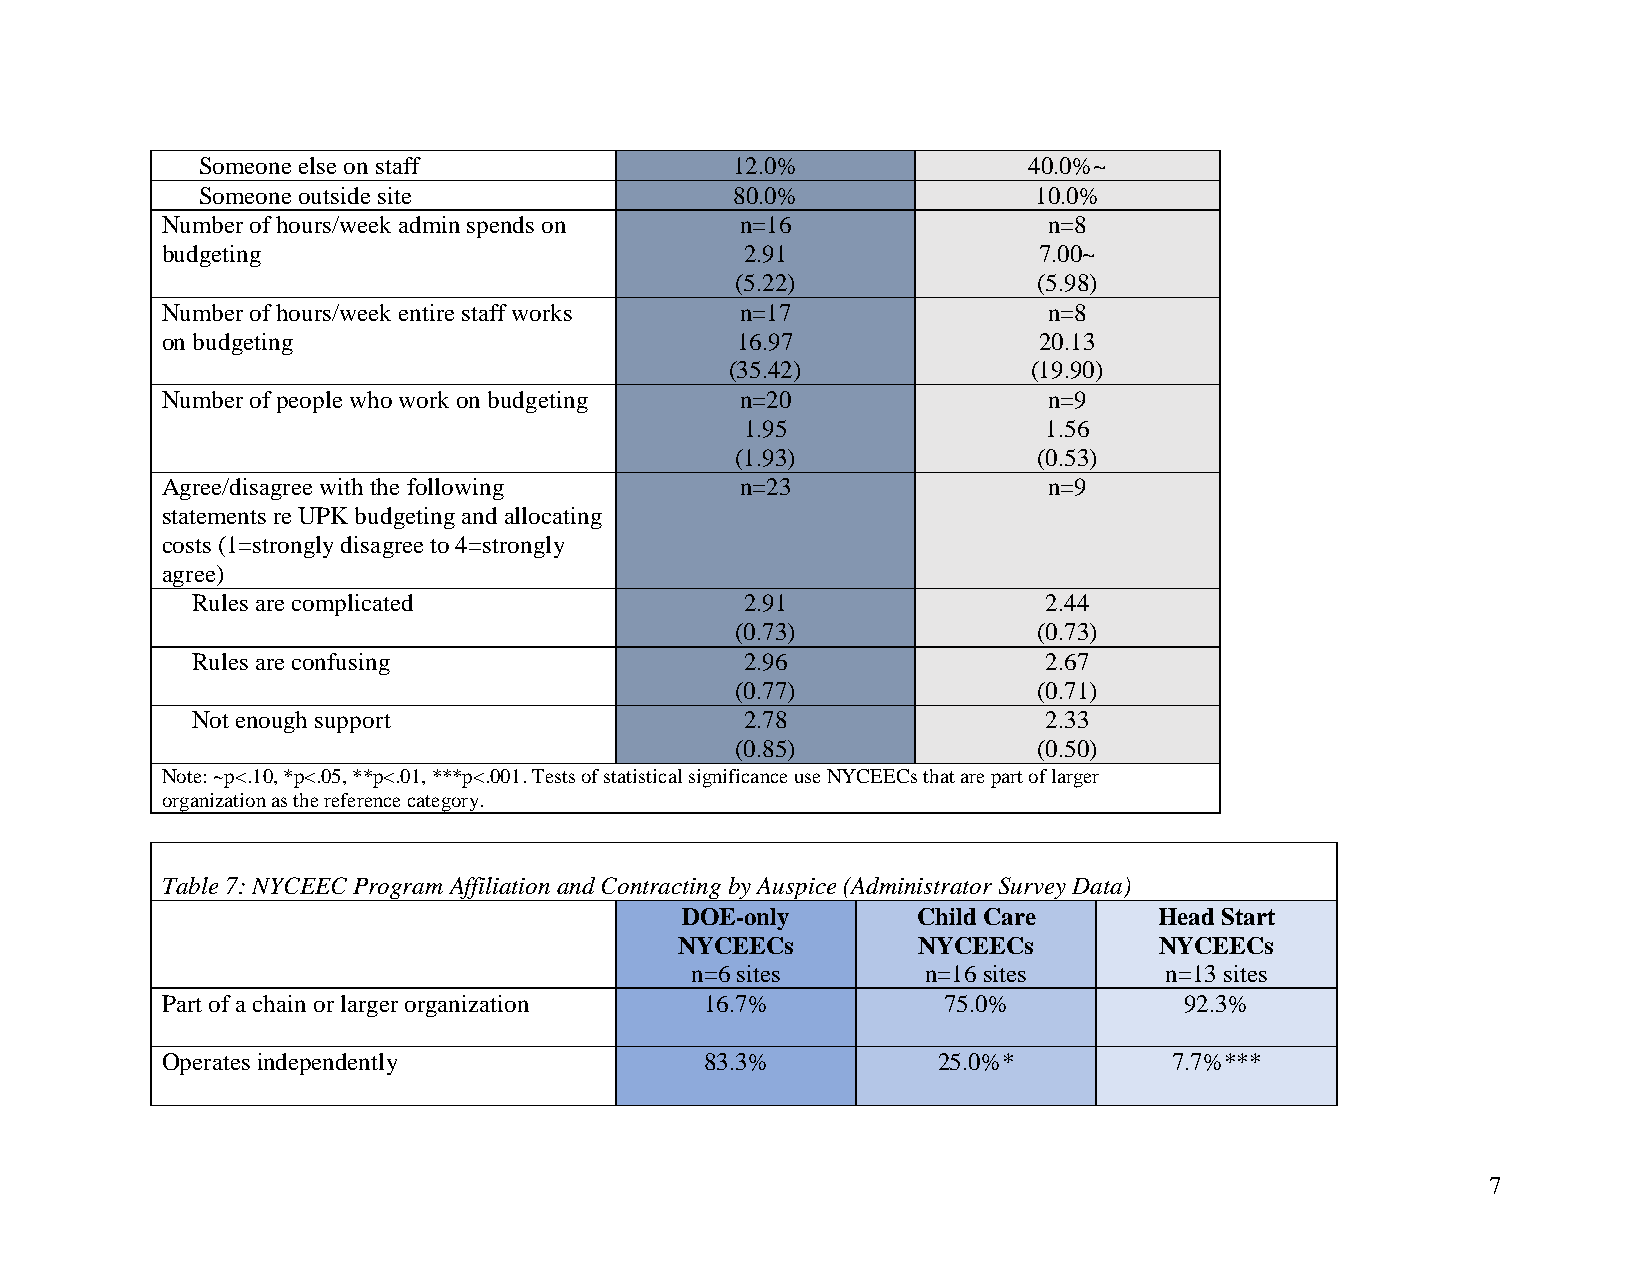
Someone else on staff               12.0%              40.0%~
 Someone outside site                80.0%              10.0%
 Number of hours/week admin spends on  n=16                n=8
 budgeting                             2.91                7.00~
 (5.22)              (5.98)
 Number of hours/week entire staff works n=17              n=8
 on budgeting                          16.97               20.13
 (35.42)             (19.90)
 Number of people who work on budgeting n=20               n=9
 1.95                1.56
 (1.93)              (0.53)
 Agree/disagree with the following     n=23                n=9
 statements re UPK budgeting and allocating
 costs (1=strongly disagree to 4=strongly
 agree)
 Rules are complicated               2.91                2.44
 (0.73)              (0.73)
 Rules are confusing                 2.96                2.67
 (0.77)              (0.71)
 Not enough support                  2.78                2.33
 (0.85)              (0.50)
 Note: ~p<.10, *p<.05, **p<.01, ***p<.001. Tests of statistical significance use NYCEECs that are part of larger
 organization as the reference category.
 Table 7: NYCEEC Program Affiliation and Contracting by Auspice (Administrator Survey Data)
 DOE-only        Child Care      Head Start
 NYCEECs         NYCEECs         NYCEECs
 n=6 sites      n=16 sites      n=13 sites
 Part of a chain or larger organization 16.7%       75.0%           92.3%
 Operates independently              83.3%          25.0%*          7.7%***
 7